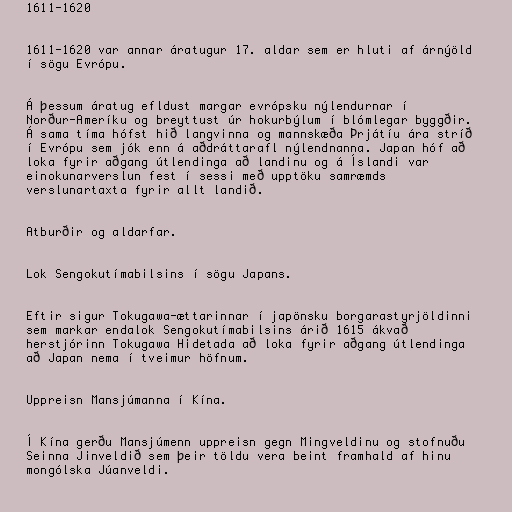
1611-1620

1611-1620 var annar áratugur 17. aldar sem er hluti af árnýöld
í sögu Evrópu.

Á þessum áratug efldust margar evrópsku nýlendurnar í
Norður-Ameríku og breyttust úr hokurbýlum í blómlegar byggðir.
Á sama tíma hófst hið langvinna og mannskæða Þrjátíu ára stríð
í Evrópu sem jók enn á aðdráttarafl nýlendnanna. Japan hóf að
loka fyrir aðgang útlendinga að landinu og á Íslandi var
einokunarverslun fest í sessi með upptöku samræmds
verslunartaxta fyrir allt landið.

Atburðir og aldarfar.

Lok Sengokutímabilsins í sögu Japans.

Eftir sigur Tokugawa-ættarinnar í japönsku borgarastyrjöldinni
sem markar endalok Sengokutímabilsins árið 1615 ákvað
herstjórinn Tokugawa Hidetada að loka fyrir aðgang útlendinga
að Japan nema í tveimur höfnum.

Uppreisn Mansjúmanna í Kína.

Í Kína gerðu Mansjúmenn uppreisn gegn Mingveldinu og stofnuðu
Seinna Jinveldið sem þeir töldu vera beint framhald af hinu
mongólska Júanveldi.